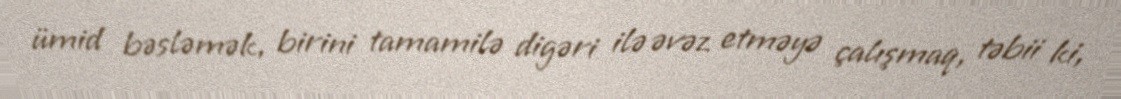
ümid bəsləmək, birini tamamilə digəri ilə əvəz etməyə çalışmaq, təbii ki,